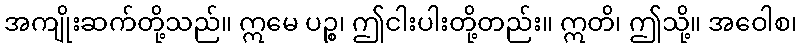
အကျိုးဆက်တို့သည်။ ဣမေ ပဉ္စ၊ ဤငါးပါးတို့တည်း။ ဣတိ၊ ဤသို့။ အဝေါစ၊